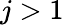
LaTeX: j>1